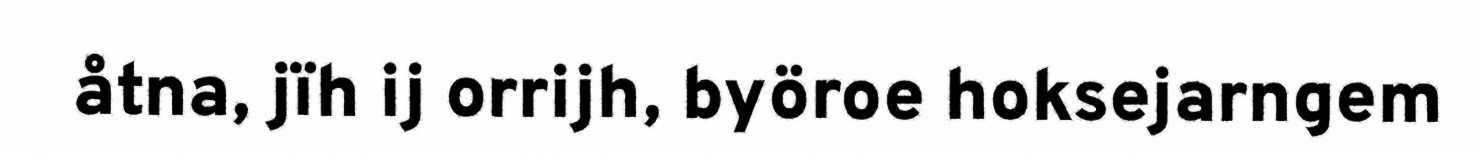
åtna, jïh ij orrijh, byöroe hoksejarngem